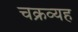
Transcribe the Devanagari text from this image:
चक्रव्यह